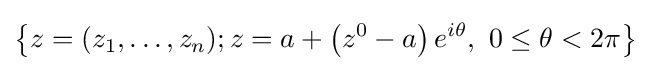
\left\{z=(z_{1},\dots ,z_{n});z=a+\left(z^{0}-a\right)e^{i\theta },\ 0\leq \theta <2\pi \right\}